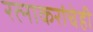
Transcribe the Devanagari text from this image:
रत्‍नाकरांचेही